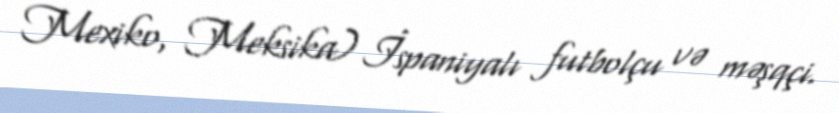
Mexiko, Meksika) İspaniyalı futbolçu və məşqçi.